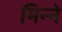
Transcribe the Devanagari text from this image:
मिन्ने